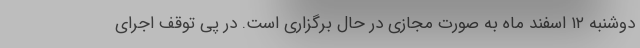
دوشنبه ۱۲ اسفند ماه به صورت مجازی در حال برگزاری است. در پی توقف اجرای